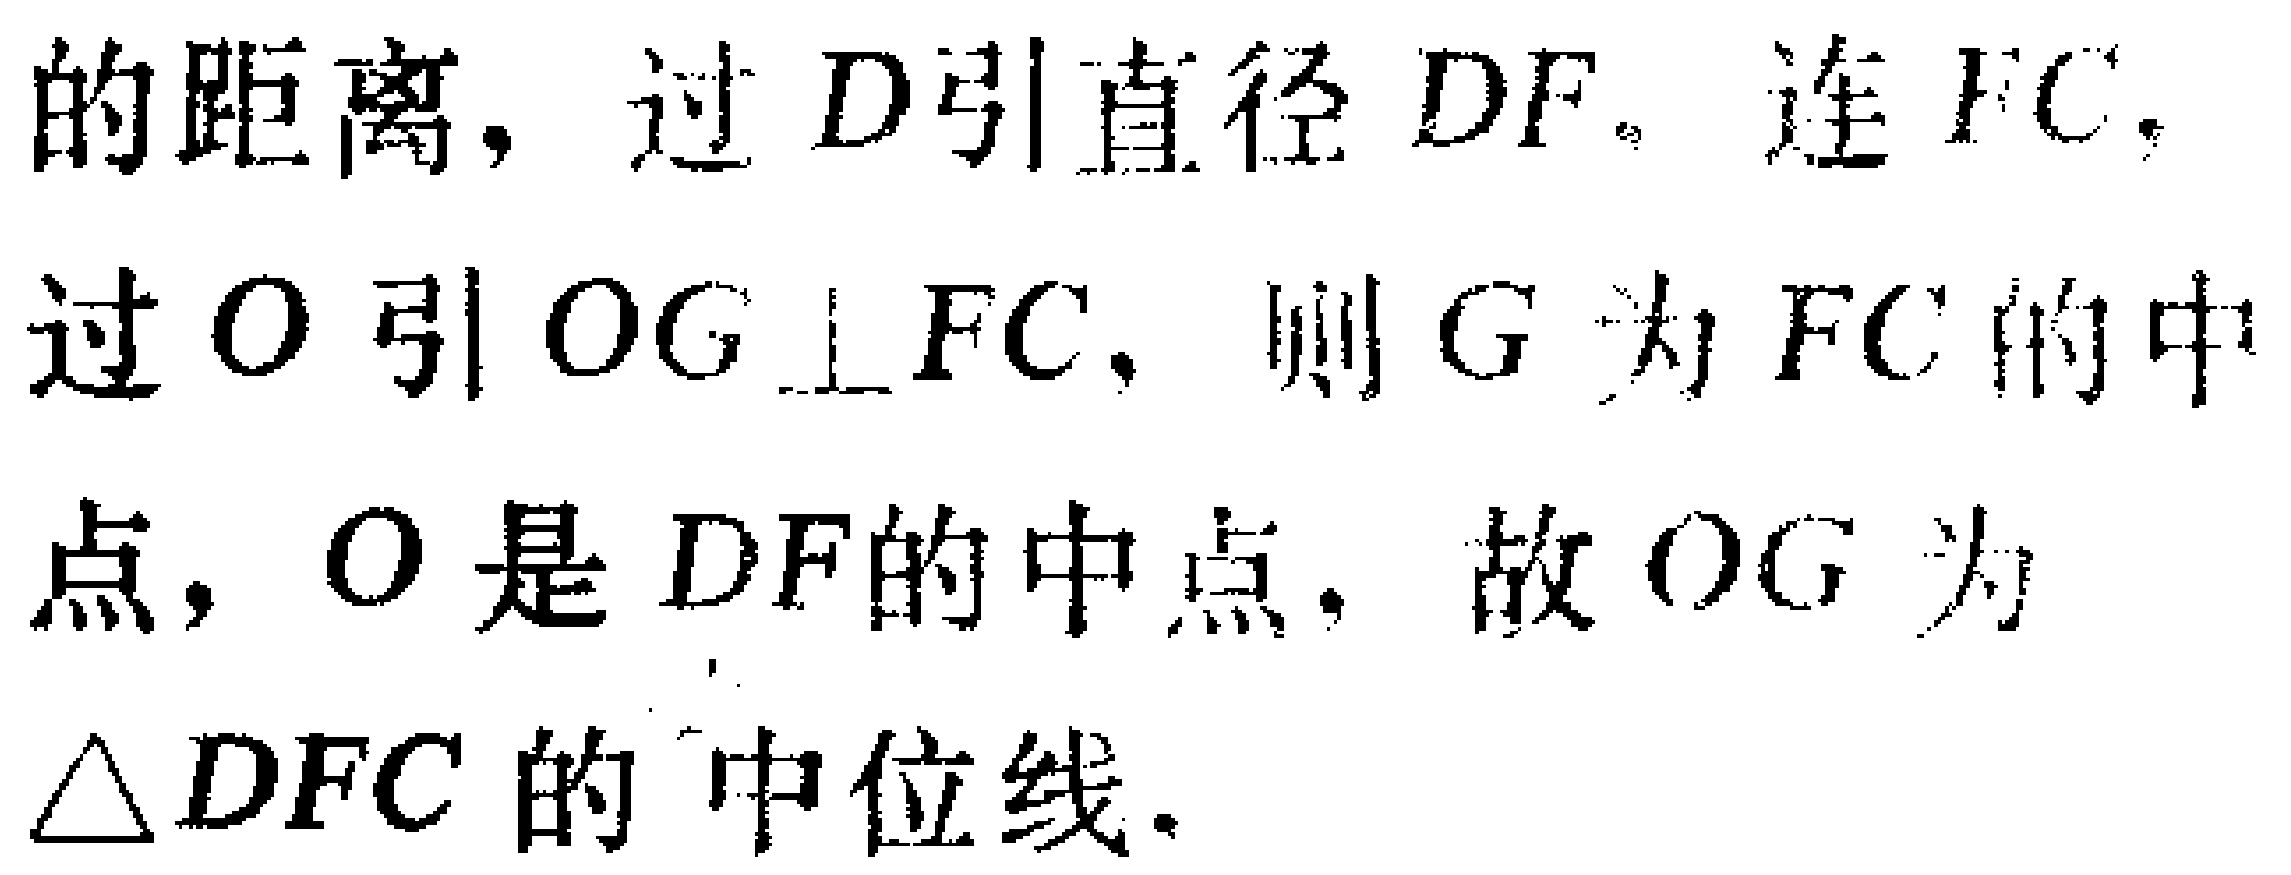
的距离，过\(D\)引直径\(DF\)。连\(FC\)，过\(O\)引\(OG\perp FC\)，则\(G\)为\(FC\)的中点，\(O\)是\(DF\)的中点，故\(OG\)为\(\triangle DFC\)的中位线。